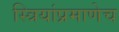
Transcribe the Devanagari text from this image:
स्त्रियांप्रमाणेच